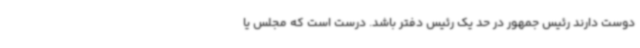
دوست دارند رئیس جمهور در حد یک رئیس دفتر باشد. درست است که مجلس یا